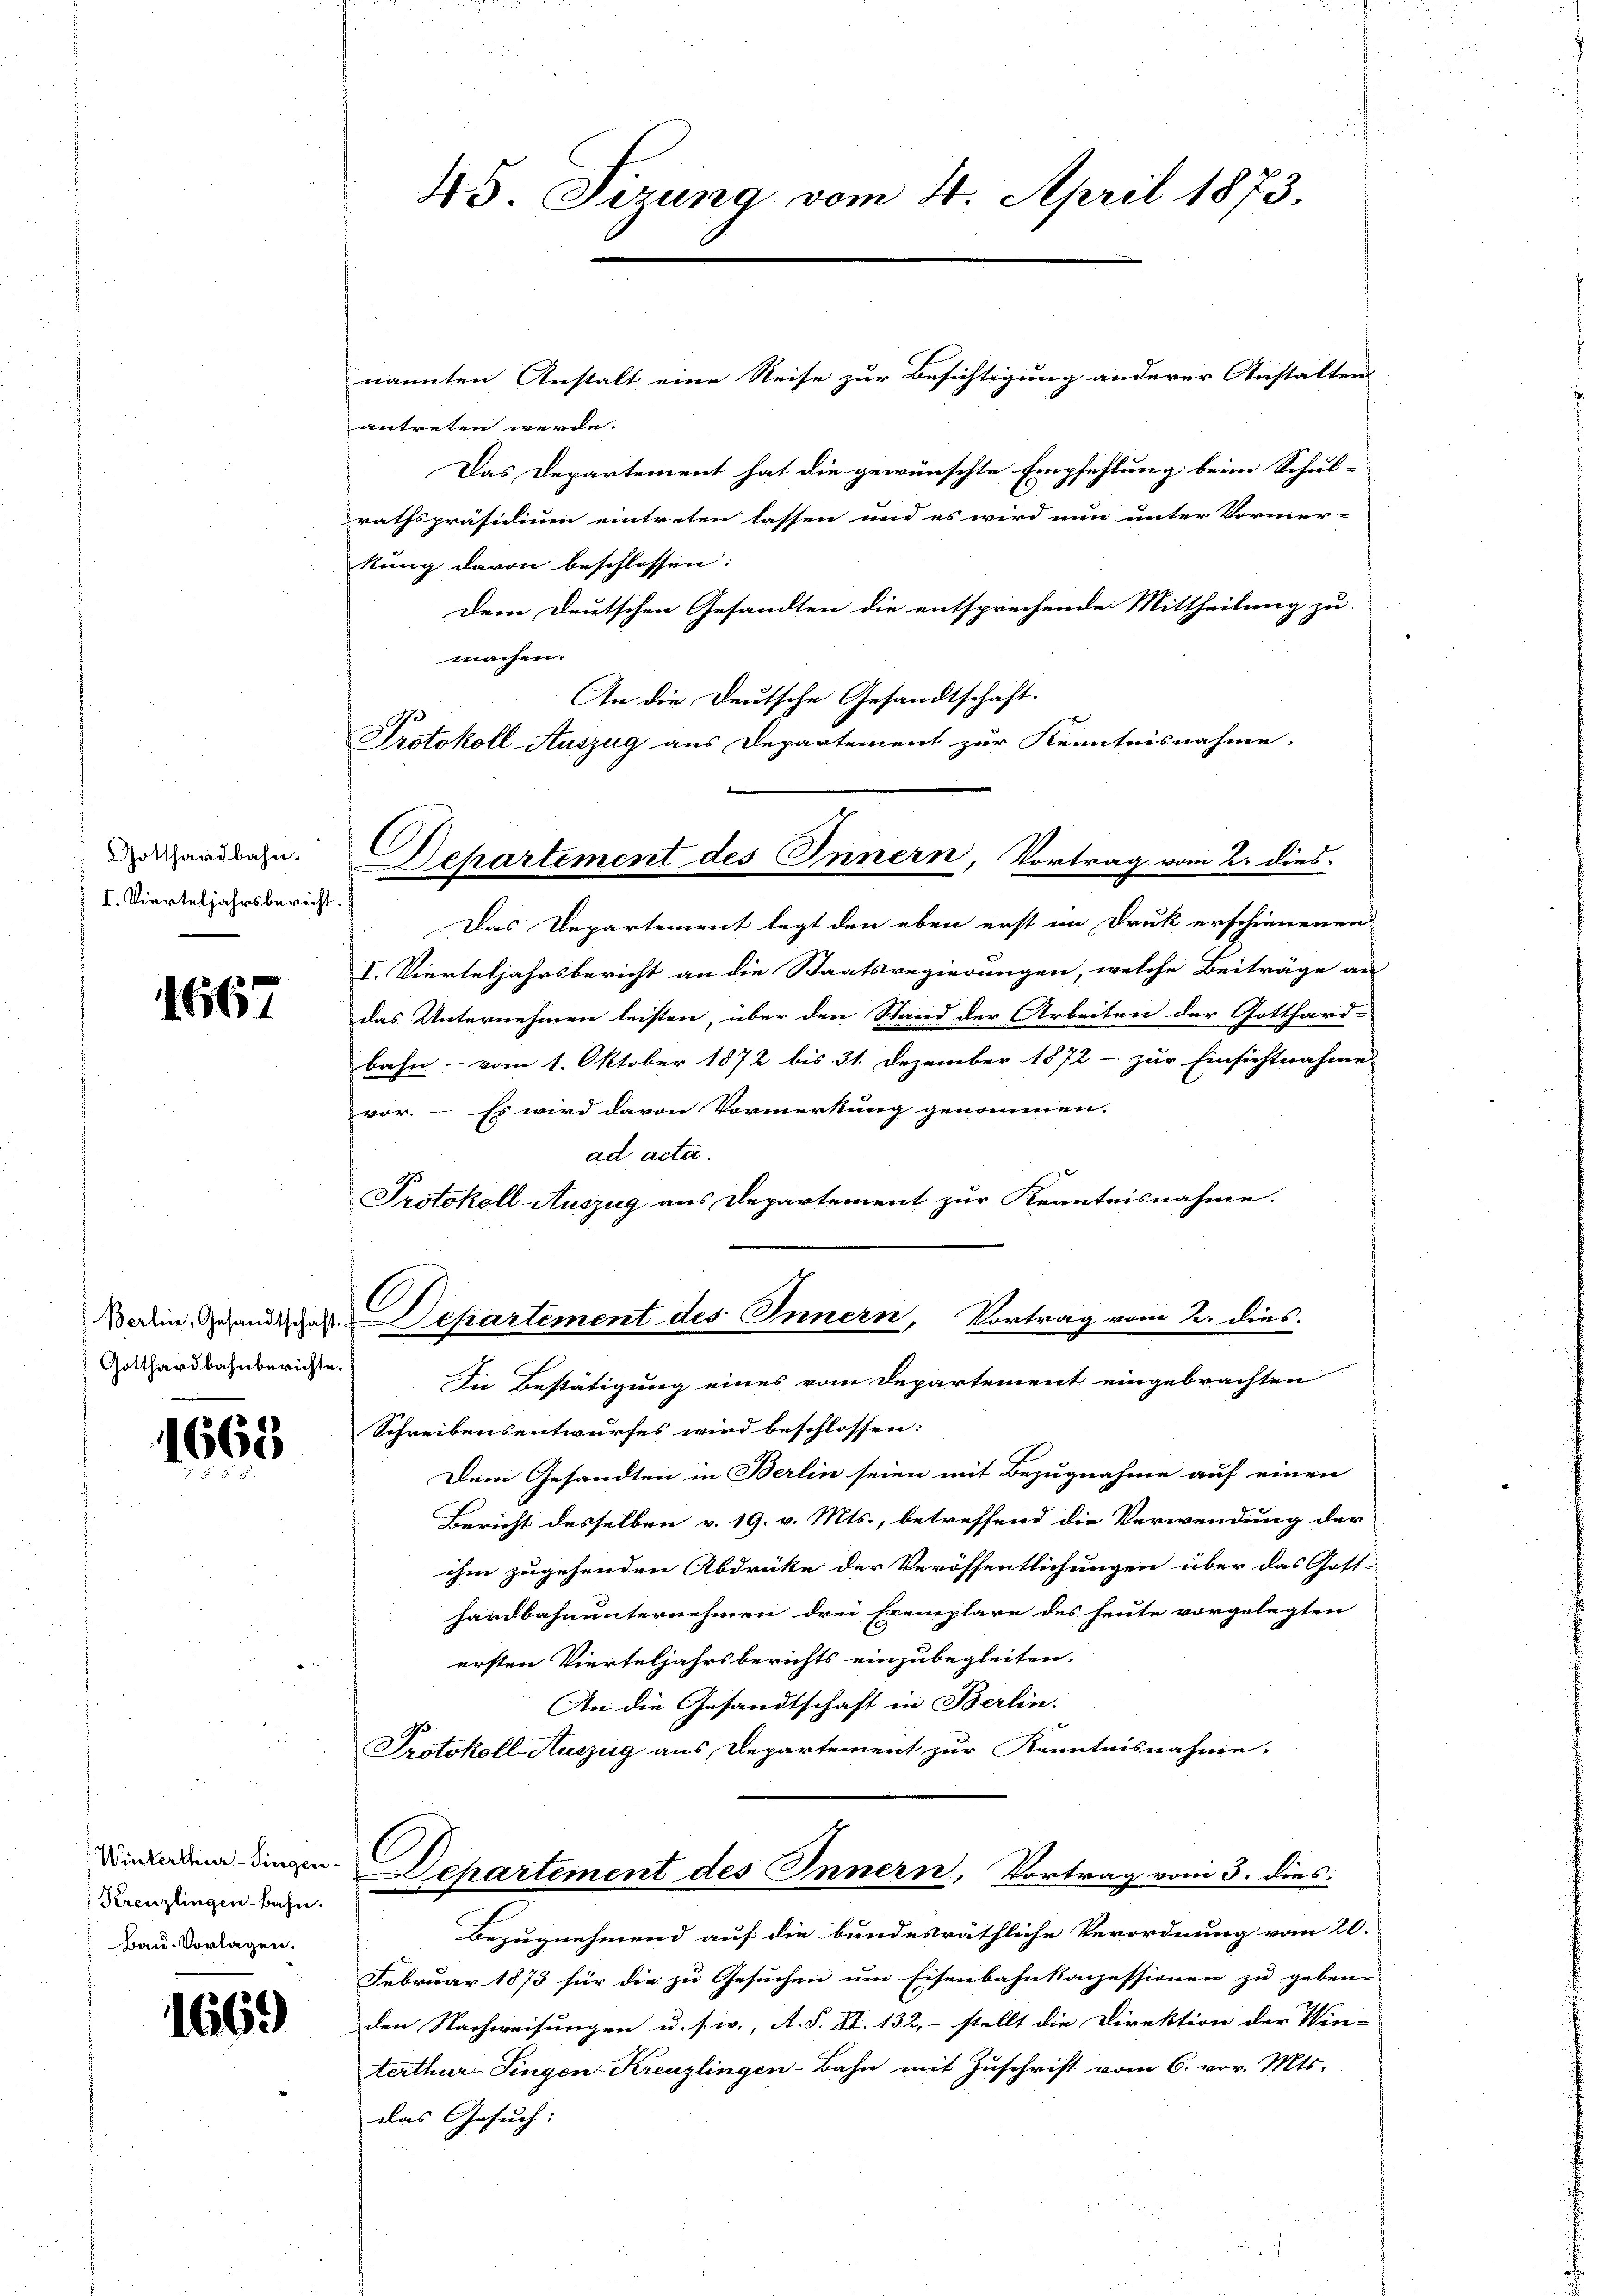
Gotthardbahn.
I. Vierteljahrsbericht

1667

Gotthardbahnberichte.

1668

Winterthur–Singen
Kreuzlingenbahn.
Bau- Vorlagen.

1669

nannten Anstalt eine Reise zur Besichtigung anderer Anstalten
antreten werde.
Das Departement hat die gewünschte Empfehlung beim Schul-
rathspräsidium eintreten lassen und es wird nun unter Vormer-
kung davon beschlossen:
Dem Deutschen Gesandten die entsprechende Mittheilung zu.
machen.
An die Deutsche Gesandtschaft.
Protokoll-Auszug aus Departement zur Kenntnisnahme.

Das Departement legt den eben erst ein Druk erschienenen
I. Vierteljahrsbericht an die Staatsregierungen, welche Beiträge an
das Unternehmen leisten, über den Stand der Arbeiten der Gotthard-
bahn - vom 1. Oktober 1872 bis 31. Dezember 1872 - zur Einsichtnahme
vor. – Es wird davon Vormerkung genommen.
ad acta.
Protokoll-Auszug aus Departement zur Kenntnisnahme.

45. Sizung vom 4. April 1873.

Dehartement des Innern, Vortrag vom 2. dies

C
Boden Gesandre chartement des Innern, Vortrag vom 2. dies

In Bestätigung eines vom Departement eingebrachten
Schreibensentwurfes wird beschlossen:
Dem Gesandten in Berlin seien mit Bezugnahme auf einen
Bericht desselben v. 19. v. Mts., betreffend die Verwendung der
ihm zugehenden Abdrüke der Veröffentlichungen über das Gott-
hardbahnunternehmen drei Exemplare des heute vorgelegten
ersten Vierteljahrsberichts einzubegleiten.
An die Gesandtschaft in Berlin.
Protokoll-Auszug aus Departement zur Kenntnisnahme.

C
Departement des Innern, Vortrag vom 3. dies
f

Bezugnehmend auf die bundesräthliche Verordnung vom 20.
Februar 1873 für die zu Gesuchen um Eisenbahnkonzessionen zu geben.
den Nachweisungen u. s. w., A. S. II. 132, stellt die Direktion der Win-
terthur Singen-Kreuzlingen-Bahn mit Zŭschrift vom 6. vor. Mts.
das Gesuch: